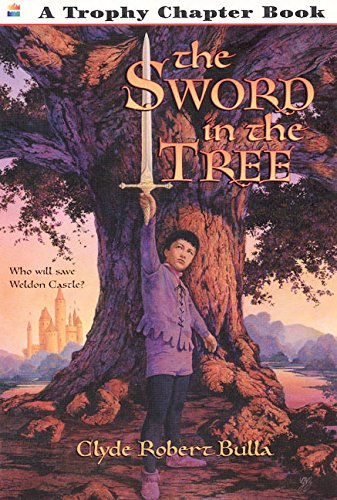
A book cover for The Sword in the Tree (Trophy Chapter Book); Clyde Robert Bulla; Children's Books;